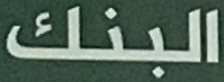
البنك